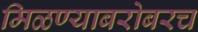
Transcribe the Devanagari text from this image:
मिळण्याबरोबरच